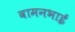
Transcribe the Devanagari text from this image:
वामनभाई